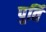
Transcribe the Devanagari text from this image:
पुर्ति